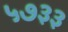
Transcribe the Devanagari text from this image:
५७३३